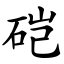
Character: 硙